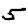
Digit: 5